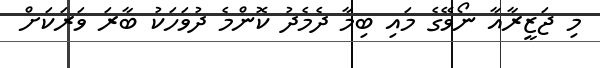
މި ޖަޒީރާއާ ނޯވޭގެ މައި ބިމާ ދެމެދު ކޮންމެ ދުވަހަކު ބާރަ ވަރަކަށް